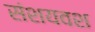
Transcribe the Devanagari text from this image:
संशयवश